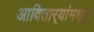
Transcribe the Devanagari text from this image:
आदितार्‍यांमधून